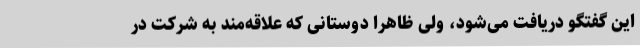
این گفتگو دریافت می‌شود، ولی ظاهرا دوستانی که علاقه‌مند به شرکت در